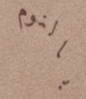
بالنوم